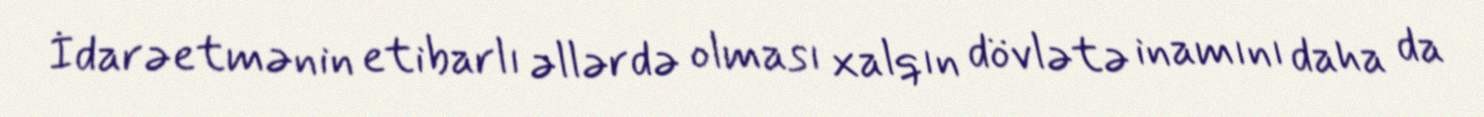
İdarəetmənin etibarlı əllərdə olması xalqın dövlətə inamını daha da